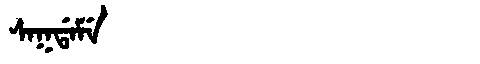
Manchu: ᠰᠠᡴᡩᠠᠮᡝ
Romanization: SAKDAME